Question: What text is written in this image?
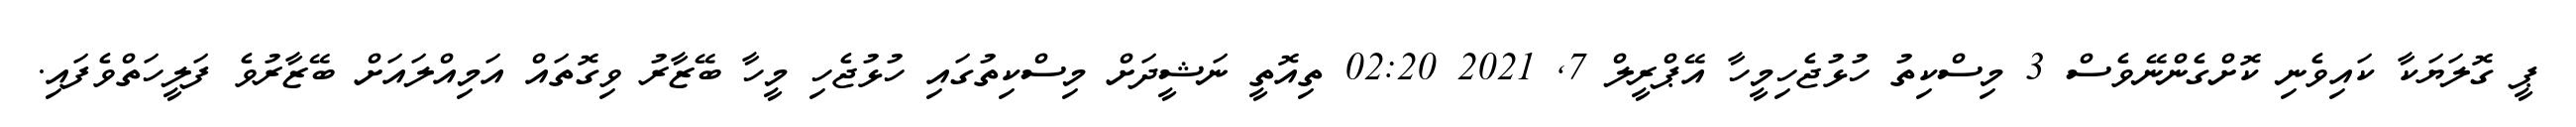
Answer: ޕީ ގޮލަޔަކާ ކައިވެނި ކޮށްގެންނޭވެސް 3 މިސްކިތު ހުޅުޖެހިމީހާ އޭޕްރީލް 7, 2021 02:20 ތިއޮތީ ނަޝީދަށް މިސްކިތުގައި ހުޅުޖެހި މީހާ ބޭޒާރު ވިގޮތައް އަމިއްލައަށް ބޭޒާރުވެ ފަލީހަތްވެފައި.